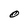
Character: O